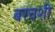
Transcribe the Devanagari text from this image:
बरचशी